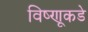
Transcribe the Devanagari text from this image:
विष्णूकडे